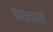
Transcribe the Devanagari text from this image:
कर्मचारों